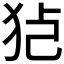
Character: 𱭸